[Report on the health of British troops in the Madras command]
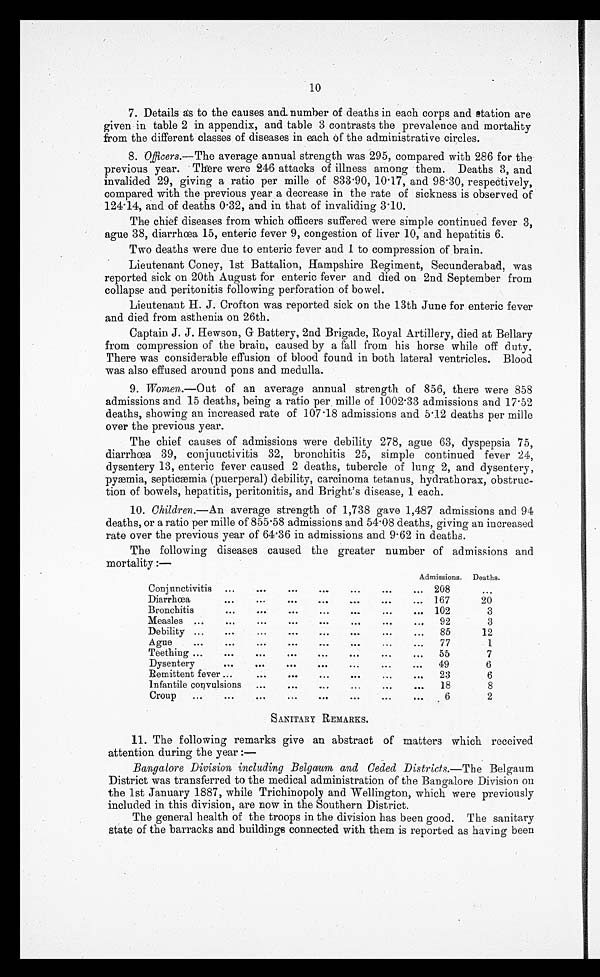
10
7. Details as to the causes and number of deaths in each corps and station are
given in table 2 in appendix, and table 3 contrasts the prevalence and mortality
from the different classes of diseases in each of the administrative circles.
8. Officers .—The average annual strength was 295, compared with 286 for the
previous year. There were 246 attacks of illness among them. Deaths 3, and
invalided 29, giving a ratio per mille of 833.90, 10.17, and 98.30, respectively,
compared with the previous year a decrease in the rate of sickness is observed of
124. 14, and of deaths 0.32, and in that of invaliding 3.10.
The chief diseases from which officers suffered were simple continued fever 3,
ague 38, diarrhœa 15, enteric fever 9, congestion of liver 10, and hepatitis 6.
Two deaths were due to enteric fever and 1 to compression of brain.
Lieutenant Coney, 1st Battalion, Hampshire Regiment, Secunderabad, was
reported sick on 20th August for enteric fever and died on 2nd September from
collapse and peritonitis following perforation of bowel.
Lieutenant H. J. Crofton was reported sick on the 13th June for enteric fever
and died from asthenia on 26th.
Captain J. J. Hewson, G Battery, 2nd Brigade, Royal Artillery, died at Bellary
from compression of the brain, caused by a fall from his horse while off duty.
There was considerable effusion of blood found in both lateral ventricles. Blood
was also effused around pons and medulla.
9. Women.—Out of an average annual strength of 856, there were 858
admissions and 15 deaths, being a ratio per mille of 1002.33 admissions and 17.52
deaths, showing an increased rate of 107.18 admissions and 5.12 deaths per mille
over the previous year.
The chief causes of admissions were debility 278, ague 63, dyspepsia 75,
diarrhœa 39, conjunctivitis 32, bronchitis 25, simple continued fever 24,
dysentery 13, enteric fever caused 2 deaths, tubercle of lung 2, and dysentery,
pyæmia, septicæmia (puerperal) debility, carcinoma tetanus, hydrathorax, obstruc-
tion of bowels, hepatitis, peritonitis, and Bright's disease, 1 each.
10. Children .—An average strength of 1,738 gave 1,487 admissions and 94
deaths, or a ratio per mile of 855.58 admissions and 54.08 deaths, giving an increased
rate over the previous year of 64.36 in admissions and 9.62 in deaths.
The following diseases caused the greater number of admissions and
mortality :—
Admissions.
Deaths.
Conjunctivitis ...
... ...
...
...
...
208
...
Diarrhœa
...
...
...
...
...
...
...
167
20
Bronchitis
... ...
...
...
... 102
3
Measles
...
...
...
...
... ...
...
92
3
Debility . . . ... ... ... ... ... ...
85
12
Ague
...
...
. . . ... ... ... ...
77
1
Teething ...
...
.. . ... ... ... ...
55
7
Dysentery
...
...
...
...
...
...
...
49
6
Remittent fever ...
.. . ... ... ... ... ...
23
6
Infantile convulsions
...
...
...
...
18
8
Croup
...
...
...
...
...
...
6
2
SANITARY REMARKS.
11. The following remarks give an abstract of matters which received
attention during the year :
—
Bangalore Division including Belgaum and Ceded Districts .—The Belgaum
District was transferred to the medical administration of the Bangalore Division on
the 1st January 1887, while Trichinopoly and Wellington, which were previously
included in this division, are now in the Southern District.
The general health of the troops in the division has been good. The sanitary
state of the barracks and buildings connected with them is reported as having been